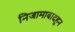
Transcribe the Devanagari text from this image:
निजामाबादहून